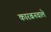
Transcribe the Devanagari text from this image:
कारबनवाले